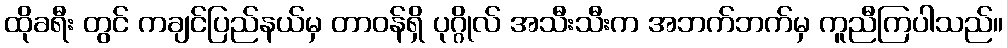
ထိုခရီး တွင် ကချင်ပြည်နယ်မှ တာဝန်ရှိ ပုဂ္ဂိုလ် အသီးသီးက အဘက်ဘက်မှ ကူညီကြပါသည်။